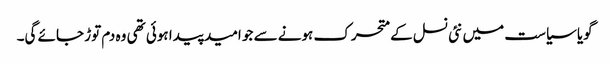
گویا سیاست میں نئی نسل کے متحرک ہونے سے جو امید پیدا ہوئی تھی وہ دم توڑ جائے گی۔